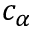
c _ { \alpha }